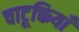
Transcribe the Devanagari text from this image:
चाटूक्तियाँ